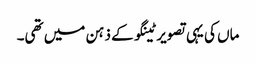
ماں کی یہی تصویر ٹینگو کے ذہن میں تھی۔